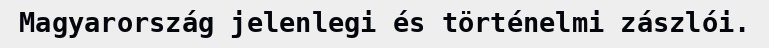
Magyarország jelenlegi és történelmi zászlói.